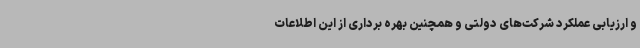
و ارزیابی عملکرد شرکت‌های دولتی و همچنین بهره برداری از این اطلاعات